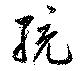
統